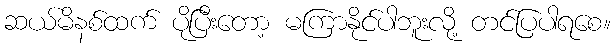
ဆယ်မိနစ်ထက် ပိုပြီးတော့ မကြာနိုင်ပါဘူးလို့ တင်ပြပါရစေ။